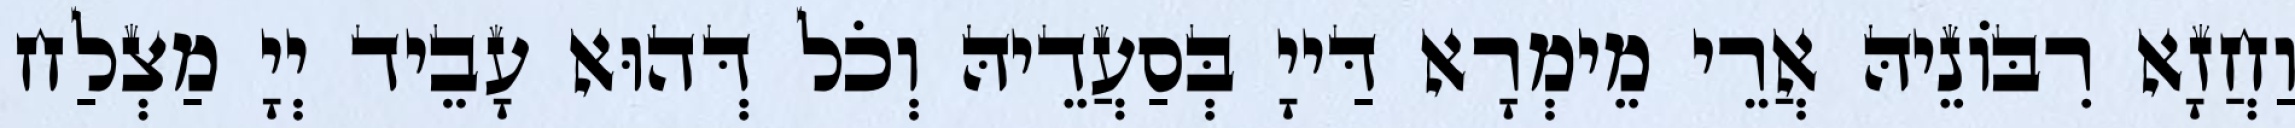
וַחֲזָא רִבּוֹנֵיהּ אֲרֵי מֵימְרָא דַּייָ בְּסַעֲדֵיהּ וְכֹל דְּהוּא עָבֵיד יְיָ מַצְלַח